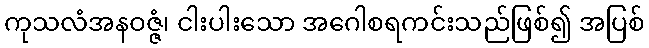
ကုသလံအနဝဇ္ဇံ၊ ငါးပါးသော အဂေါစရကင်းသည်ဖြစ်၍ အပြစ်